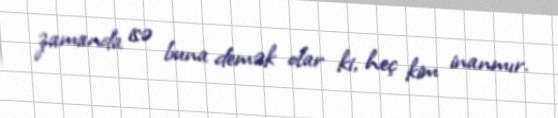
zamanda isə buna demək olar ki, heç kim inanmır.